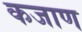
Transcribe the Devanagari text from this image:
कजाण